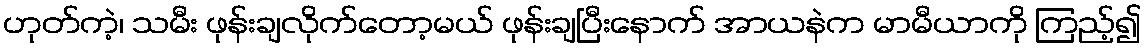
ဟုတ်ကဲ့၊ သမီး ဖုန်းချလိုက်တော့မယ် ဖုန်းချပြီးနောက် အာယနဲက မာမီယာကို ကြည့်၍